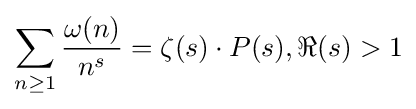
\sum _{n\geq 1}{\frac {\omega (n)}{n^{s}}}=\zeta (s)\cdot P(s),\Re (s)>1